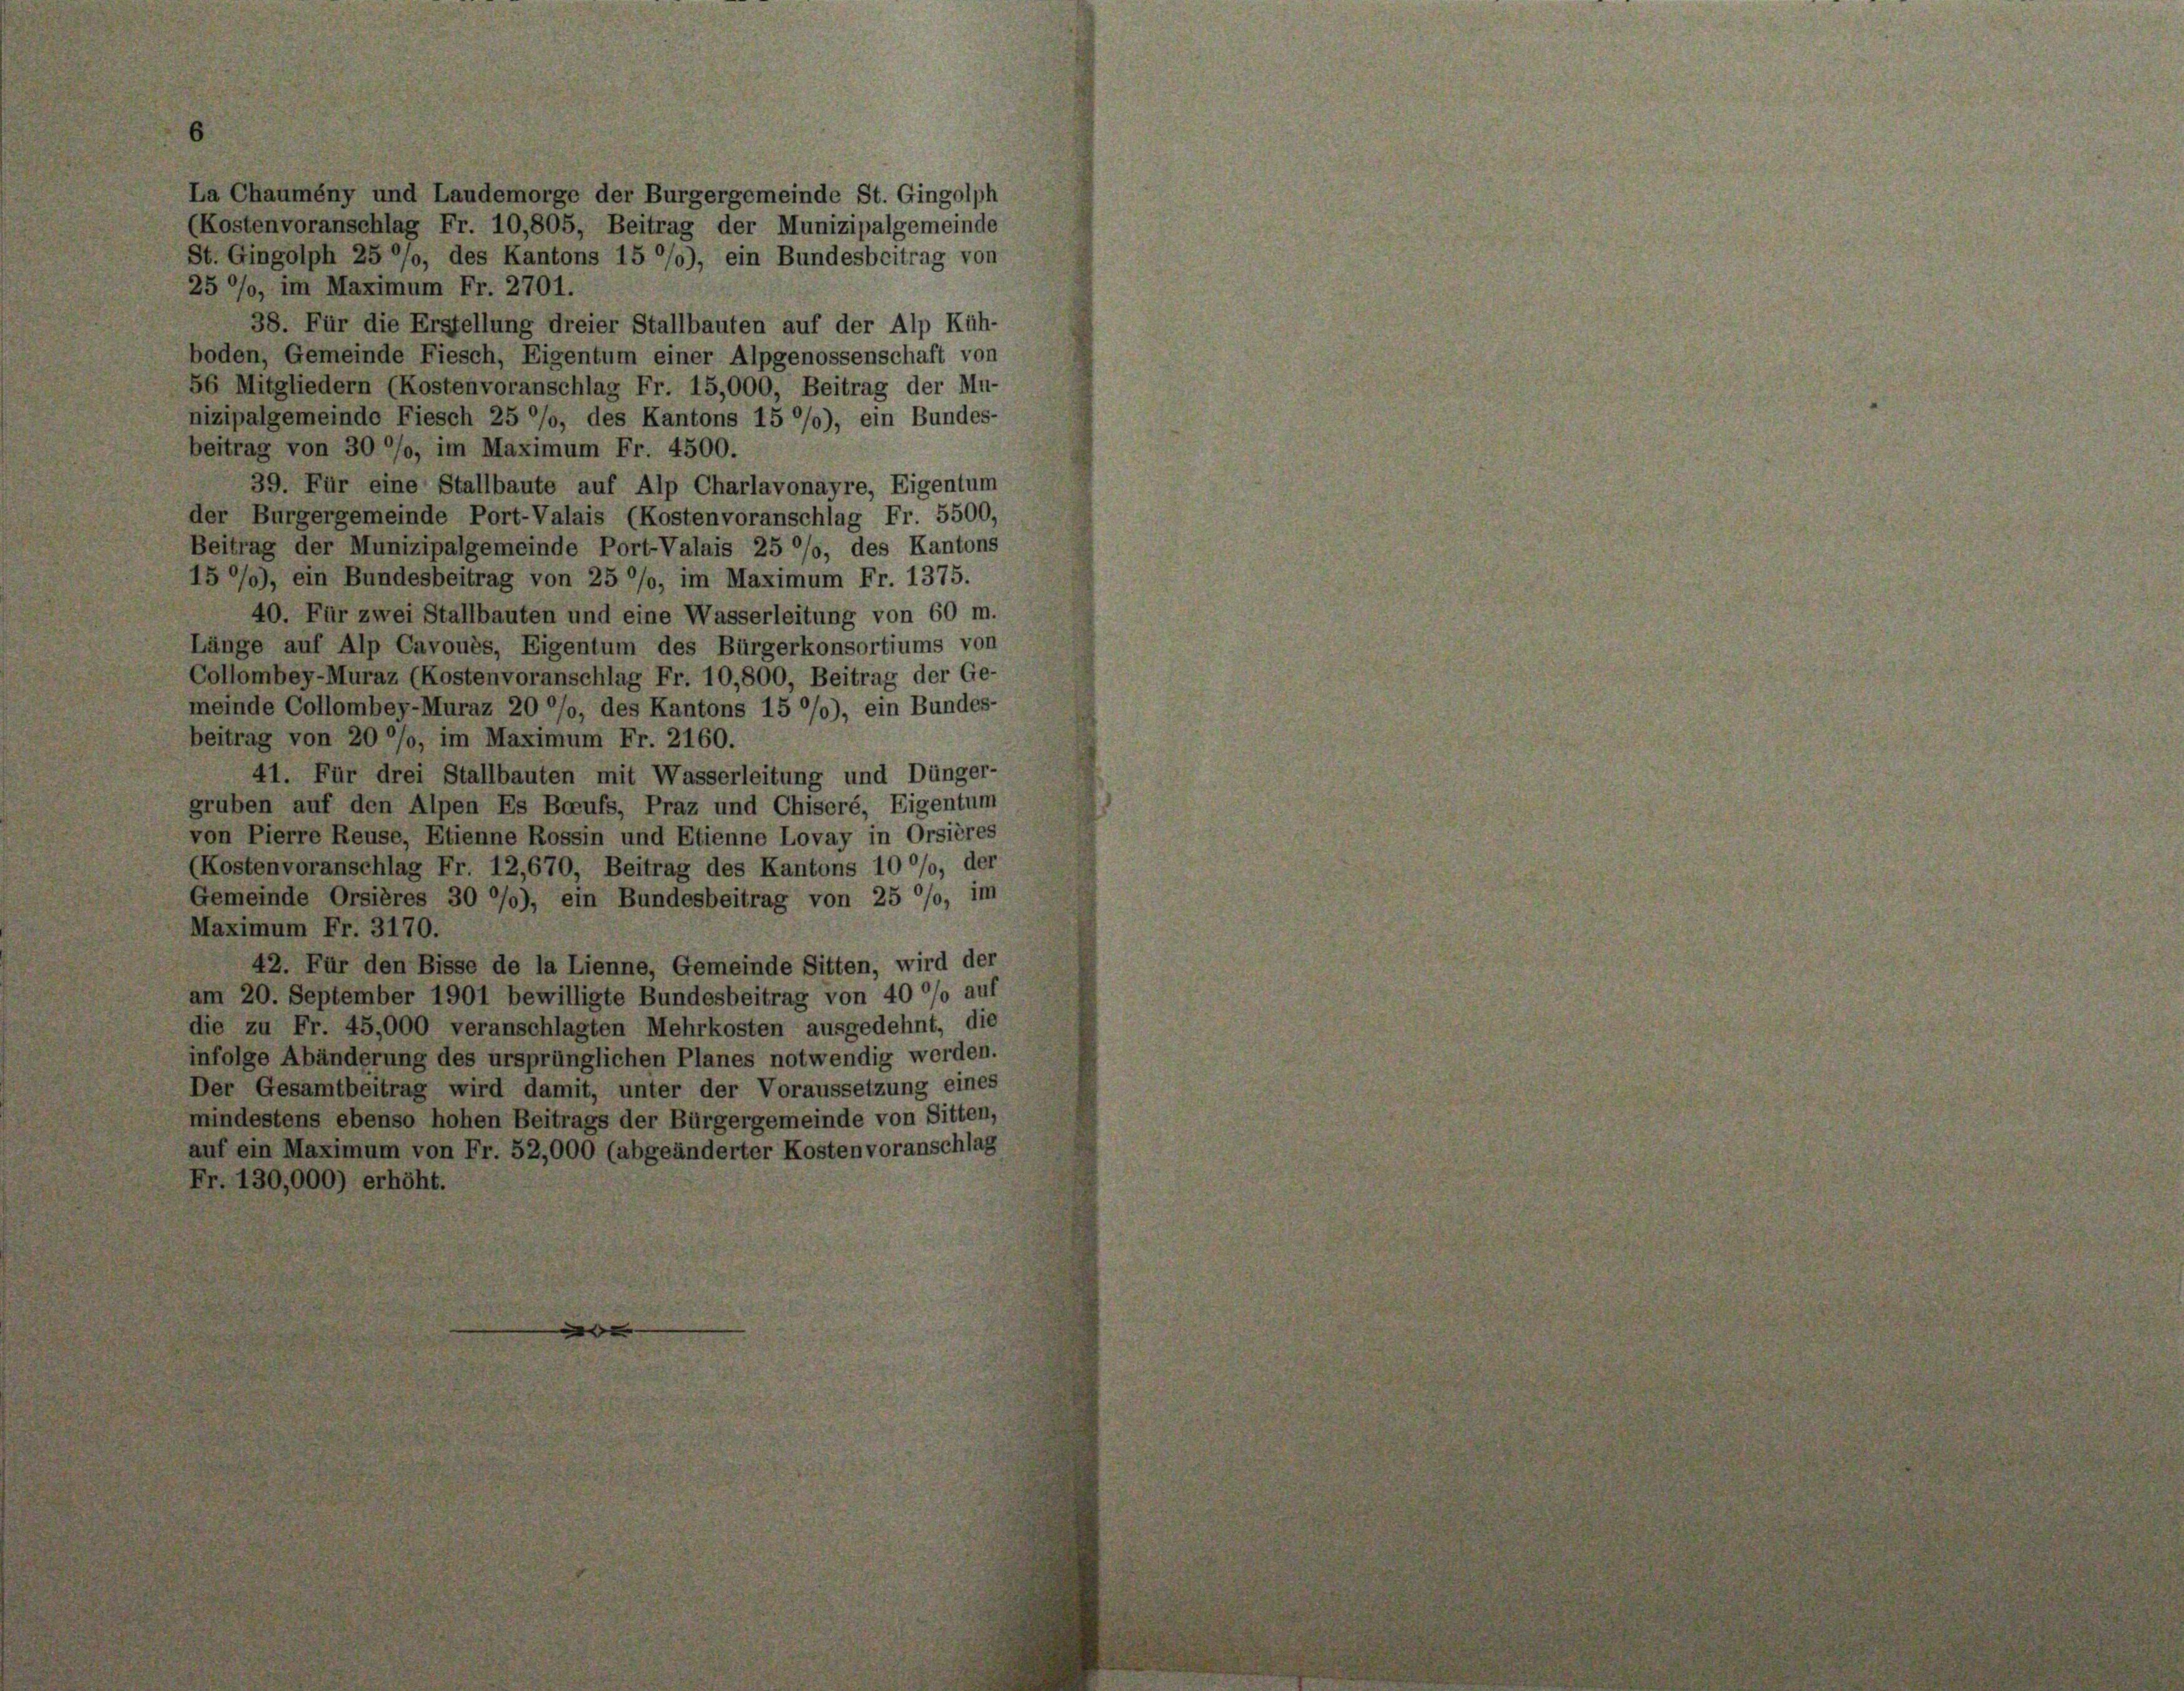
La Chaumény und Laudemorge der Burgergemeinde St. Gingolph
Kostenvoranschlag Fr. 10,805, Beitrag der Munizipalgemeinde
St. Gingolph 25 °/o, des Kantons 15 %%), ein Bundesbeitrag von
25%, im Maximum Fr. 2701.
38. Für die Erstellung dreier Stallbauten auf der Alp Küh-
boden, Gemeinde Fiesch, Eigentum einer Alpgenossenschaft von
56 Mitgliedern (Kostenvoranschlag Fr. 15,000, Beitrag der Mu-
nizipalgemeinde Fiesch 25 °/o, des Kantons 15 %%), ein Bundes-
beitrag von 30 °/o, im Maximum Fr. 4500.
39. Für eine Stallbaute auf Alp Charlavonayre, Eigentum
der Burgergemeinde Port-Valais (Kostenvoranschlag Fr. 5500,
Beitrag der Munizipalgemeinde Port-Valais 25 °/o, des Kantons
159), ein Bundesbeitrag von 25 %%, im Maximum Fr. 1375.
40. Für zwei Stallbauten und eine Wasserleitung von 60 m.
Länge auf Alp Cavoués, Eigentum des Bürgerkonsortiums von
Collombey-Muraz (Kostenvoranschlag Fr. 10,800, Beitrag der Ge-
meinde Collombey-Muraz 20 °/o, des Kantons 15 %%), ein Bundes-
beitrag von 20 °/o, im Maximum Fr. 2160.
41. Für drei Stallbauten mit Wasserleitung und Dünger-
gruben auf den Alpen Es Berufs, Praz und Chiseré, Eigentum
von Pierre Reuse, Etienne Rossin und Etienne Lovay in Orsières
(Kostenvoranschlag Fr. 12,670, Beitrag des Kantons 10%, der
Gemeinde Orsières 30 °/0), ein Bundesbeitrag von 25 %, im
Maximum Fr. 3170.
42. Für den Bisse de la Lienne, Gemeinde Sitten, wird der
am 20. September 1901 bewilligte Bundesbeitrag von 40 °/o auf
die zu Fr. 45,000 veranschlagten Mehrkosten ausgedehnt, die
infolge Abänderung des ursprünglichen Planes notwendig werden.
Der Gesamtbeitrag wird damit, unter der Voraussetzung eines
mindestens ebenso hohen Beitrags der Bürgergemeinde von Sitten,
auf ein Maximum von Fr. 52,000 (abgeänderter Kostenvoranschlag
Fr. 130,000) erhöht.